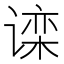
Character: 𬤗